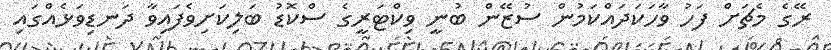
ރޭގެ މެޗަށް ފަހު ވާހަކަދައްކަމުން ސުޒޭން ބުނީ ވިކްޓަރީގެ ސްކޮޑު ބަލިކަށިވެފައިވާ ދަނޑިވަޅެއްގައި